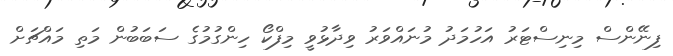
ފިނޭންސް މިނިސްޓަރު އަހުމަދު މުނައްވަރު ވިދާޅުވީ މިފްކޯ ހިންގުމުގެ ސަބަބުން މަތި މައްޗަށް